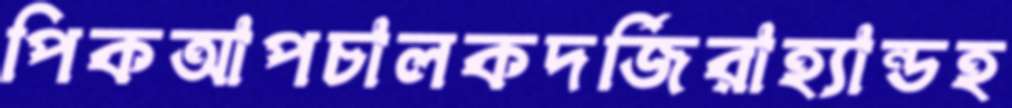
পিকআপচালকদর্জিরাহ্যান্ডহ